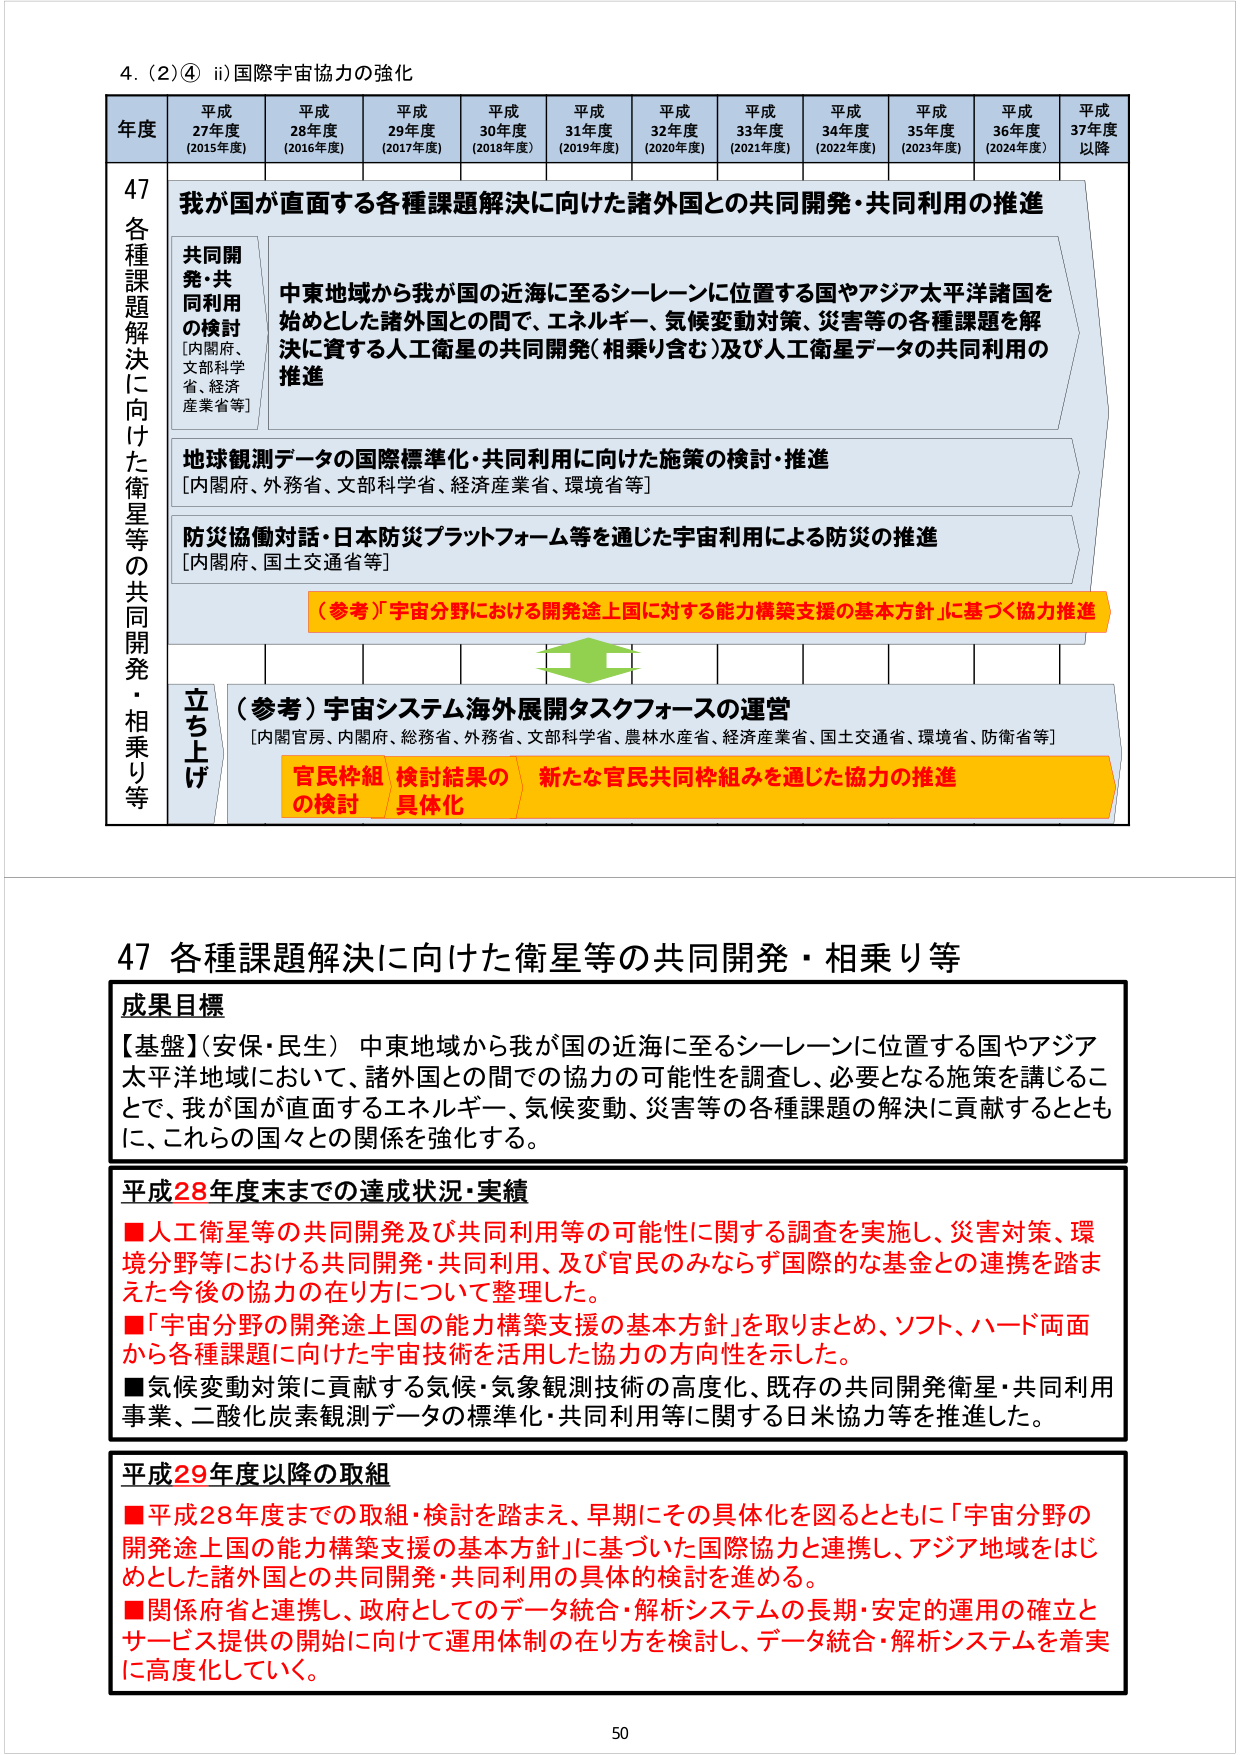
4. (2)④ ii) 国際宇宙協力の強化

年度 平成27年度 (2015年度) 平成28年度 (2016年度) 平成29年度 (2017年度) 平成30年度 (2018年度) 平成31年度 (2019年度) 平成32年度 (2020年度) 平成33年度 (2021年度) 平成34年度 (2022年度) 平成35年度 (2023年度) 平成36年度 (2024年度) 平成37年度以降

47 各種課題解決に向けた衛星等の共同開発・相乗り等

我が国が直面する各種課題解決に向けた諸外国との共同開発・共同利用の推進

共同開発・共同利用の検討 [内閣府、文部科学省、経済産業省等]

中東地域から我が国の近海に至るシーレーンに位置する国やアジア太平洋諸国を始めとした諸外国との間で、エネルギー、気候変動対策、災害等の各種課題を解決に資する人工衛星の共同開発（相乗り含む）及び人工衛星データの共同利用の推進

地球観測データの国際標準化・共同利用に向けた施策の検討・推進 [内閣府、外務省、文部科学省、経済産業省、環境省等]

防災協働対話・日本防災プラットフォーム等を通じた宇宙利用による防災の推進 [内閣府、国土交通省等]

（参考）「宇宙分野における開発途上国に対する能力構築支援の基本方針」に基づく協力推進

立ち上げ

（参考）宇宙システム海外展開タスクフォースの運営 [内閣官房、内閣府、総務省、外務省、文部科学省、農林水産省、経済産業省、国土交通省、環境省、防衛省等]

官民枠組の検討 検討結果の具体化 新たな官民共同枠組みを通じた協力の推進

47 各種課題解決に向けた衛星等の共同開発・相乗り等

成果目標

【基盤】（安保・民生）中東地域から我が国の近海に至るシーレーンに位置する国やアジア太平洋地域において、諸外国との間での協力の可能性を調査し、必要となる施策を講じることで、我が国が直面するエネルギー、気候変動、災害等の各種課題の解決に貢献するとともに、これらの国々との関係を強化する。

平成28年度末までの達成状況・実績

■人工衛星等の共同開発及び共同利用等の可能性に関する調査を実施し、災害対策、環境分野等における共同開発・共同利用、及び官民のみならず国際的な基金との連携を踏まえた今後の協力の在り方について整理した。

■「宇宙分野の開発途上国の能力構築支援の基本方針」を取りまとめ、ソフト、ハード両面から各種課題に向けた宇宙技術を活用した協力の方向性を示した。

■気候変動対策に貢献する気候・気象観測技術の高度化、既存の共同開発衛星・共同利用事業、二酸化炭素観測データの標準化・共同利用等に関する日米協力等を推進した。

平成29年度以降の取組

■平成28年度までの取組・検討を踏まえ、早期にその具体化を図るとともに「宇宙分野の開発途上国の能力構築支援の基本方針」に基づいた国際協力と連携し、アジア地域をはじめとした諸外国との共同開発・共同利用の具体的検討を進める。

■関係府省と連携し、政府としてのデータ統合・解析システムの長期・安定的運用の確立とサービス提供の開始に向けて運用体制の在り方を検討し、データ統合・解析システムを着実に高度化していく。

50